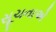
સૂચનાએ